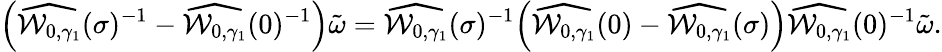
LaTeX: \Bigl(\widehat{\mathcal{W}_{0,\gamma_{1}}}(\sigma)^{-1}-\widehat{\mathcal{W}_{0,\gamma_{1}}}(0)^{-1}\Bigr)\tilde{\omega}=\widehat{\mathcal{W}_{0,\gamma_{1}}}(\sigma)^{-1}\Bigl(\widehat{\mathcal{W}_{0,\gamma_{1}}}(0)-\widehat{\mathcal{W}_{0,\gamma_{1}}}(\sigma)\Bigr)\widehat{\mathcal{W}_{0,\gamma_{1}}}(0)^{-1}\tilde{\omega}.